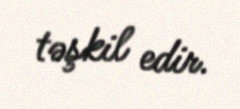
təşkil edir.